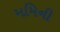
મમિની